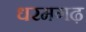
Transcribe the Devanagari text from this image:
धरमगढ़